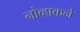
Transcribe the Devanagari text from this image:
नोव्हाकने